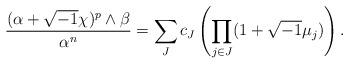
LaTeX: \begin{align*} \frac{(\alpha+\sqrt{-1}\chi)^{p}\wedge \beta}{\alpha^{n}} = \sum_{J} c_{J}\left(\prod_{j\in J} (1+\sqrt{-1} \mu_{j})\right). \end{align*}